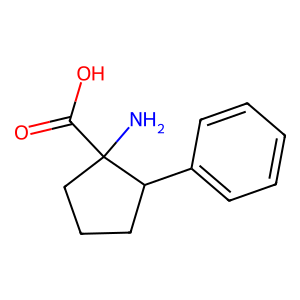
SMILES: NC1(C(=O)O)CCCC1c1ccccc1
Inhibits HIV replication: No